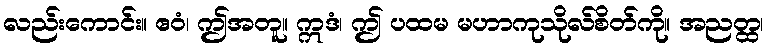
လည်းကောင်း။ ဧဝံ၊ ဤအတူ။ ဣဒံ၊ ဤ ပထမ မဟာကုသိုလ်စိတ်ကို။ အညတ္ထ၊